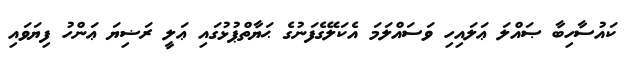
ކައުސާހިބާ ޞައްލަ ޢަލައިހި ވަސައްލަމަ އެކަލޭގެފަނުގެ ޙަޔާތްޕުޅުގައި ޢަލީ ރަޟިޔަ ޢަންހު ފިޔަވައި